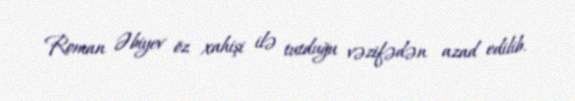
Roman Əbiyev öz xahişi ilə tutduğu vəzifədən azad edilib.